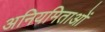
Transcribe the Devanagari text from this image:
अनियमिताओं